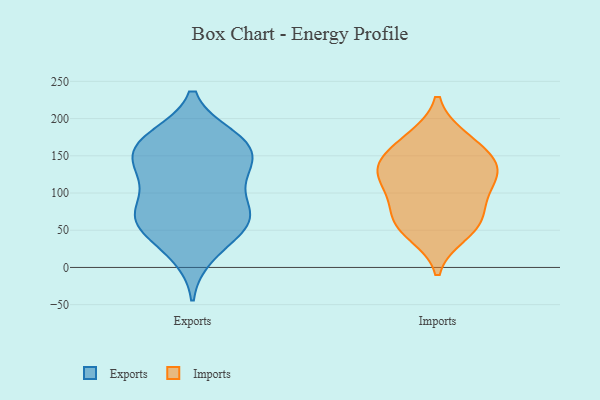
{"axis": {"x": "Satisfaction Score", "y": "Value"}, "legend": ["Exports", "Imports"], "data": [{"x": "", "y": 176, "type": "Exports"}, {"x": "", "y": 158, "type": "Exports"}, {"x": "", "y": 149, "type": "Exports"}, {"x": "", "y": 16, "type": "Exports"}, {"x": "", "y": 60, "type": "Exports"}, {"x": "", "y": 61, "type": "Exports"}, {"x": "", "y": 132, "type": "Exports"}, {"x": "", "y": 130, "type": "Exports"}, {"x": "", "y": 112, "type": "Exports"}, {"x": "", "y": 165, "type": "Exports"}, {"x": "", "y": 57, "type": "Exports"}, {"x": "", "y": 115, "type": "Exports"}, {"x": "", "y": 67, "type": "Exports"}, {"x": "", "y": 78, "type": "Exports"}, {"x": "", "y": 28, "type": "Exports"}, {"x": "", "y": 71, "type": "Exports"}, {"x": "", "y": 70, "type": "Exports"}, {"x": "", "y": 148, "type": "Exports"}, {"x": "", "y": 175, "type": "Exports"}, {"x": "", "y": 174, "type": "Exports"}, {"x": "", "y": 56, "type": "Imports"}, {"x": "", "y": 106, "type": "Imports"}, {"x": "", "y": 60, "type": "Imports"}, {"x": "", "y": 145, "type": "Imports"}, {"x": "", "y": 137, "type": "Imports"}, {"x": "", "y": 71, "type": "Imports"}, {"x": "", "y": 93, "type": "Imports"}, {"x": "", "y": 172, "type": "Imports"}, {"x": "", "y": 120, "type": "Imports"}, {"x": "", "y": 174, "type": "Imports"}, {"x": "", "y": 45, "type": "Imports"}, {"x": "", "y": 138, "type": "Imports"}, {"x": "", "y": 129, "type": "Imports"}]}